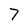
Character: 7